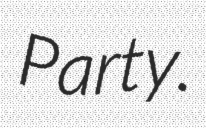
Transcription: Party.